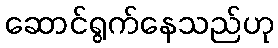
ဆောင်ရွက်နေသည်ဟု